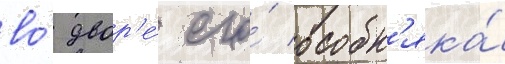
во́ двор'е́ его́ особн'яка́